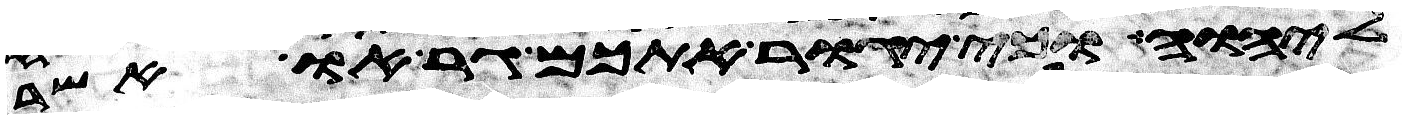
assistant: ליהוה וכי יגור אתכם גר או אשר